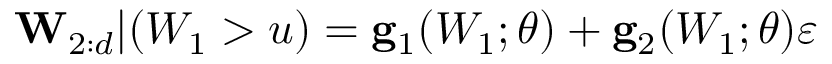
\mathbf { W } _ { 2 : d } | ( W _ { 1 } > u ) = \mathbf { g } _ { 1 } ( W _ { 1 } ; \boldsymbol { \theta } ) + \mathbf { g } _ { 2 } ( W _ { 1 } ; \boldsymbol { \theta } ) \boldsymbol { \varepsilon }